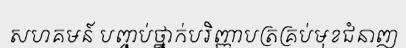
សហគមន៍ បញ្ចប់ថ្នាក់បរិញ្ញាបត្រគ្រប់មុខជំនាញ